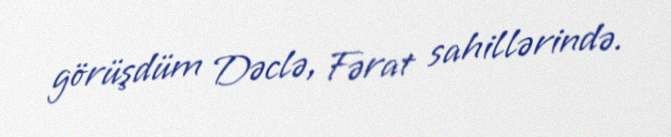
görüşdüm Dəclə, Fərat sahillərində.